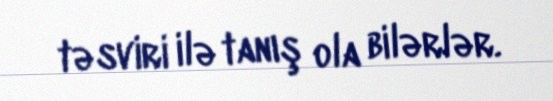
təsviri ilə tanış ola bilərlər.